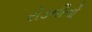
રોડનીનો